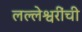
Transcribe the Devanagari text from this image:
लल्लेश्वरींची